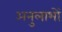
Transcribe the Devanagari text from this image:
अनुलाभों